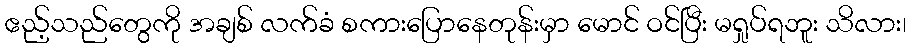
ဧည့်သည်တွေကို အချစ် လက်ခံ စကားပြောနေတုန်းမှာ မောင် ဝင်ပြီး မရှုပ်ရဘူး သိလား၊